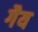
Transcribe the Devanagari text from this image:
गैय